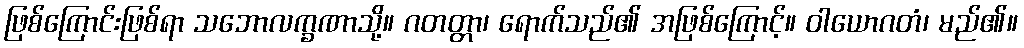
ဖြစ်ကြောင်းဖြစ်ရာ သဘောလက္ခဏာသို့။ ဂတတ္တာ၊ ရောက်သည်၏ အဖြစ်ကြောင့်။ ဝါယောဂတံ၊ မည်၏။